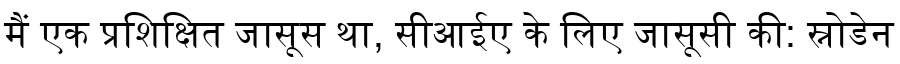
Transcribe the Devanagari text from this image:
मैं एक प्रशिक्षित जासूस था, सीआईए के लिए जासूसी की: स्नोडेन